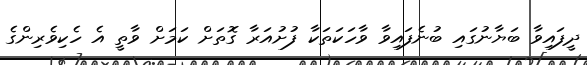
ދީފައިވާ ބަޔާނުގައި ބުނެފައިވާ ވާހަކަތަކާ ފުށުއަރާ ގޮތަށް ކަމަށް ވާތީ އެ ހެކިވެރިންގެ